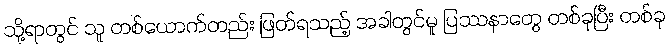
သို့ရာတွင် သူ တစ်ယောက်တည်း ဖြတ်ရသည့် အခါတွင်မူ ပြဿနာတွေ တစ်ခုပြီး တစ်ခု